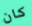
كان